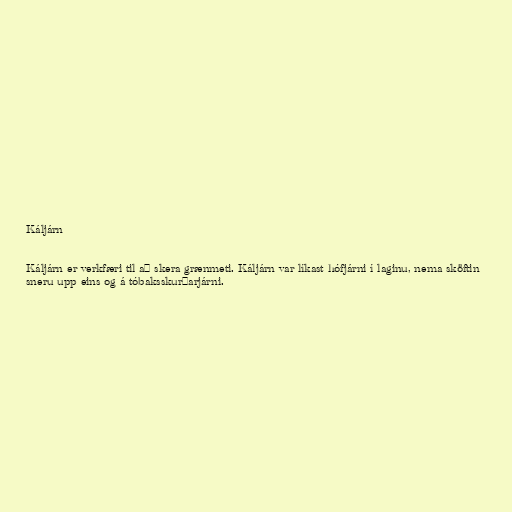
Káljárn

Káljárn er verkfæri til að skera grænmeti. Káljárn var líkast hófjárni í laginu, nema sköftin
sneru upp eins og á tóbaksskurðarjárni.